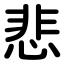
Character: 悲